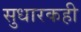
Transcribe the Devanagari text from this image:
सुधारकही